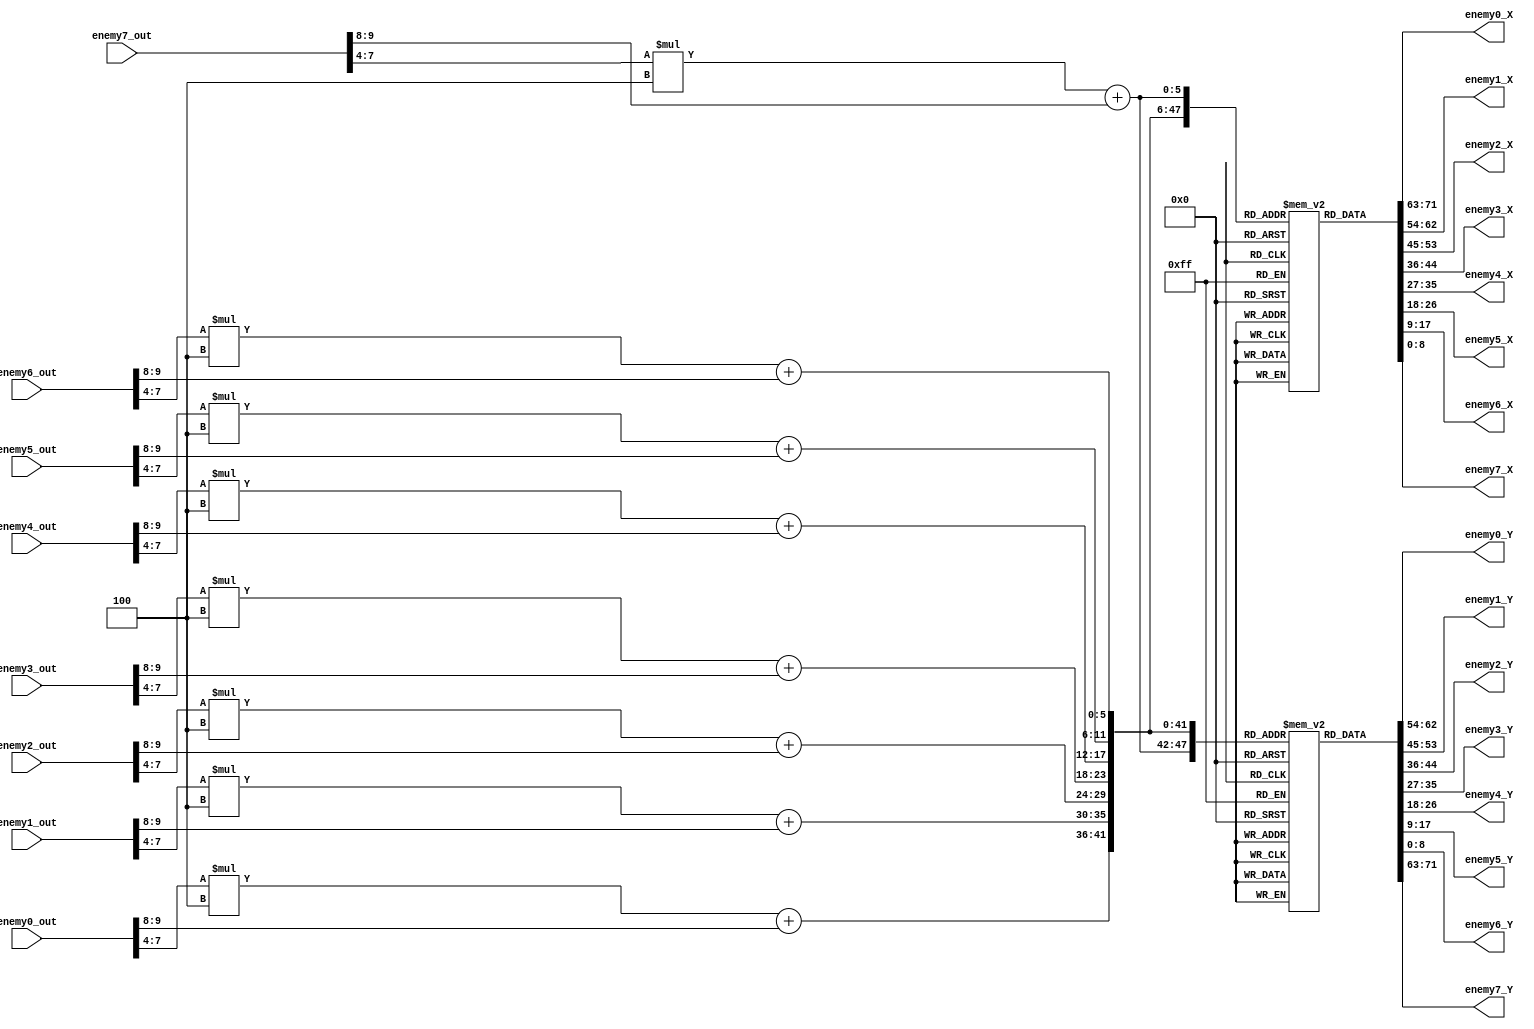
module positionDecoder(
  input wire [10:0] enemy0_out,
  input wire [10:0] enemy1_out,
  input wire [10:0] enemy2_out,
  input wire [10:0] enemy3_out,
  input wire [10:0] enemy4_out,
  input wire [10:0] enemy5_out,
  input wire [10:0] enemy6_out,
  input wire [10:0] enemy7_out,
  output reg [8:0] enemy0_X,
  output reg [8:0] enemy1_X,
  output reg [8:0] enemy2_X,
  output reg [8:0] enemy3_X,
  output reg [8:0] enemy4_X,
  output reg [8:0] enemy5_X,
  output reg [8:0] enemy6_X,
  output reg [8:0] enemy7_X,
  output reg [8:0] enemy0_Y,
  output reg [8:0] enemy1_Y,
  output reg [8:0] enemy2_Y,
  output reg [8:0] enemy3_Y,
  output reg [8:0] enemy4_Y,
  output reg [8:0] enemy5_Y,
  output reg [8:0] enemy6_Y,
  output reg [8:0] enemy7_Y
);

  reg [8:0] tra_x[0:15][0:3];
  reg [8:0] tra_y[0:15][0:3];

  initial begin
    // Initialize tra_x
    tra_x[0][0] = 460; tra_x[0][1] = 420; tra_x[0][2] = 378; tra_x[0][3] = 335;
    tra_x[1][0] = 465; tra_x[1][1] = 423; tra_x[1][2] = 372; tra_x[1][3] = 327;
    tra_x[2][0] = 465; tra_x[2][1] = 404; tra_x[2][2] = 357; tra_x[2][3] = 305;
    tra_x[3][0] = 353; tra_x[3][1] = 328; tra_x[3][2] = 305; tra_x[3][3] = 279;
    tra_x[4][0] = 240; tra_x[4][1] = 240; tra_x[4][2] = 240; tra_x[4][3] = 240;
    tra_x[5][0] = 128; tra_x[5][1] = 152; tra_x[5][2] = 175; tra_x[5][3] = 200;
    tra_x[6][0] = 20; tra_x[6][1] = 73; tra_x[6][2] = 122; tra_x[6][3] = 177;
    tra_x[7][0] = 16; tra_x[7][1] = 57; tra_x[7][2] = 107; tra_x[7][3] = 155;
    tra_x[8][0] = 16; tra_x[8][1] = 59; tra_x[8][2] = 106; tra_x[8][3] = 144;
    tra_x[9][0] = 13; tra_x[9][1] = 56; tra_x[9][2] = 100; tra_x[9][3] = 147;
    tra_x[10][0] = 17; tra_x[10][1] = 71; tra_x[10][2] = 117; tra_x[10][3] = 166;
    tra_x[11][0] = 128; tra_x[11][1] = 146; tra_x[11][2] = 171; tra_x[11][3] = 192;
    tra_x[12][0] = 240; tra_x[12][1] = 240; tra_x[12][2] = 240; tra_x[12][3] = 240;
    tra_x[13][0] = 355; tra_x[13][1] = 334; tra_x[13][2] = 313; tra_x[13][3] = 284;
    tra_x[14][0] = 440; tra_x[14][1] = 396; tra_x[14][2] = 349; tra_x[14][3] = 311;
    tra_x[15][0] = 467; tra_x[15][1] = 419; tra_x[15][2] = 374; tra_x[15][3] = 326;

    // Initialize tra_y
    tra_y[0][0] = 240; tra_y[0][1] = 240; tra_y[0][2] = 240; tra_y[0][3] = 240;
    tra_y[1][0] = 127; tra_y[1][1] = 148; tra_y[1][2] = 176; tra_y[1][3] = 204;
    tra_y[2][0] = 17; tra_y[2][1] = 79; tra_y[2][2] = 130; tra_y[2][3] = 175;
    tra_y[3][0] = 17; tra_y[3][1] = 67; tra_y[3][2] = 106; tra_y[3][3] = 157;
    tra_y[4][0] = 14; tra_y[4][1] = 49; tra_y[4][2] = 98; tra_y[4][3] = 143;
    tra_y[5][0] = 13; tra_y[5][1] = 63; tra_y[5][2] = 107; tra_y[5][3] = 153;
    tra_y[6][0] = 21; tra_y[6][1] = 70; tra_y[6][2] = 124; tra_y[6][3] = 167;
    tra_y[7][0] = 125; tra_y[7][1] = 147; tra_y[7][2] = 173; tra_y[7][3] = 196;
    tra_y[8][0] = 240; tra_y[8][1] = 240; tra_y[8][2] = 240; tra_y[8][3] = 240;
    tra_y[9][0] = 347; tra_y[9][1] = 333; tra_y[9][2] = 304; tra_y[9][3] = 283;
    tra_y[10][0] = 461; tra_y[10][1] = 411; tra_y[10][2] = 361; tra_y[10][3] = 316;
    tra_y[11][0] = 464; tra_y[11][1] = 427; tra_y[11][2] = 381; tra_y[11][3] = 340;
    tra_y[12][0] = 470; tra_y[12][1] = 433; tra_y[12][2] = 301; tra_y[12][3] = 355;
    tra_y[13][0] = 472; tra_y[13][1] = 431; tra_y[13][2] = 387; tra_y[13][3] = 336;
    tra_y[14][0] = 439; tra_y[14][1] = 397; tra_y[14][2] = 354; tra_y[14][3] = 312;
    tra_y[15][0] = 349; tra_y[15][1] = 330; tra_y[15][2] = 301; tra_y[15][3] = 279;
  end

  always @* begin
    // Determine positions for enemy0
    enemy0_X = tra_x[enemy0_out[7:4]][enemy0_out[9:8]];
    enemy0_Y = tra_y[enemy0_out[7:4]][enemy0_out[9:8]];

    // Determine positions for enemy1
    enemy1_X = tra_x[enemy1_out[7:4]][enemy1_out[9:8]];
    enemy1_Y = tra_y[enemy1_out[7:4]][enemy1_out[9:8]];

    // Determine positions for enemy2
    enemy2_X = tra_x[enemy2_out[7:4]][enemy2_out[9:8]];
    enemy2_Y = tra_y[enemy2_out[7:4]][enemy2_out[9:8]];

    // Determine positions for enemy3
    enemy3_X = tra_x[enemy3_out[7:4]][enemy3_out[9:8]];
    enemy3_Y = tra_y[enemy3_out[7:4]][enemy3_out[9:8]];

    // Determine positions for enemy4
    enemy4_X = tra_x[enemy4_out[7:4]][enemy4_out[9:8]];
    enemy4_Y = tra_y[enemy4_out[7:4]][enemy4_out[9:8]];

    // Determine positions for enemy5
    enemy5_X = tra_x[enemy5_out[7:4]][enemy5_out[9:8]];
    enemy5_Y = tra_y[enemy5_out[7:4]][enemy5_out[9:8]];

    // Determine positions for enemy6
    enemy6_X = tra_x[enemy6_out[7:4]][enemy6_out[9:8]];
    enemy6_Y = tra_y[enemy6_out[7:4]][enemy6_out[9:8]];

    // Determine positions for enemy7
    enemy7_X = tra_x[enemy7_out[7:4]][enemy7_out[9:8]];
    enemy7_Y = tra_y[enemy7_out[7:4]][enemy7_out[9:8]];
  end

endmodule